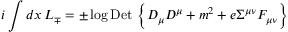
i \int d x \, { \cal L } _ { \mp } = \pm \log \mathrm { D e t \ } \biggl \{ D _ { \mu } D ^ { \mu } + m ^ { 2 } + e \Sigma ^ { \mu \nu } F _ { \mu \nu } \biggr \}